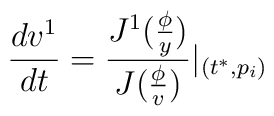
\frac{dv^1}{dt}=\frac{J^1(\frac \phi y)}{J(\frac \phi v)}|_{(t^{*},p_i)}